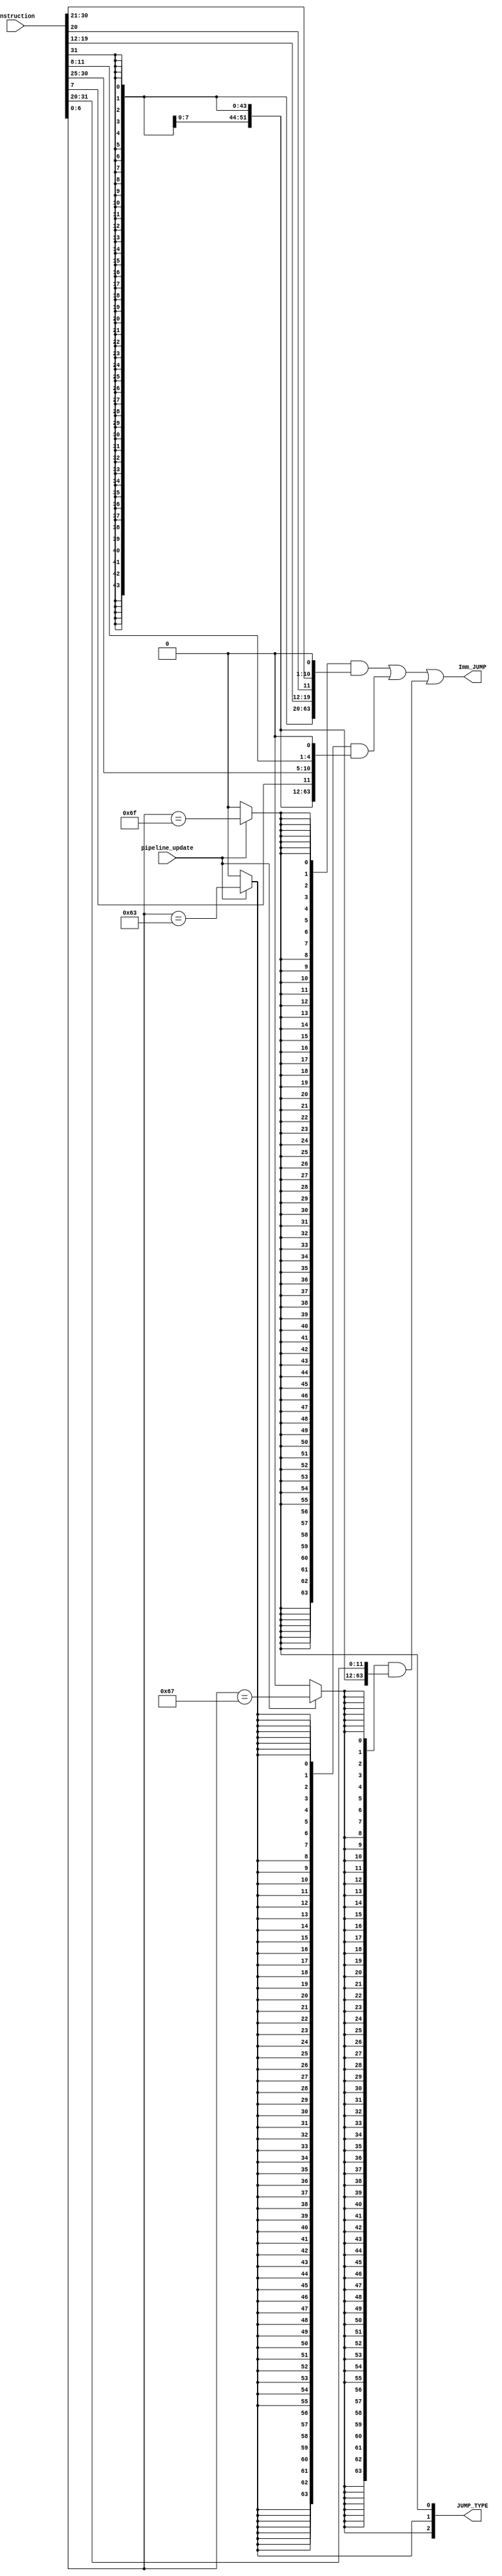
module mini_Decoder(
    input  [31:0] Instruction,
    input         pipeline_update,
    output [63:0] Imm_JUMP,
    output [2:0]  JUMP_TYPE
    );

    wire J_TYPE_JUMP;
    wire I_TYPE_JUMP;
    wire B_TYPE;

    //I type immediate
    wire [11:0] IMM_11_0    = Instruction[31:20];
    //B type immediate
    wire IMM_11_B           = Instruction[7];
    wire [3:0] IMM_4_1      = Instruction[11:8];
    wire [5:0] IMM_10_5     = Instruction[30:25];
    wire IMM_12             = Instruction[31];
    //J type immediate
    wire [7:0] IMM_19_12    = Instruction[19:12];
    wire IMM_11_J           = Instruction[20];
    wire [9:0] IMM_10_1     = Instruction[30:21];
    wire IMM_20             = Instruction[31];
    
    wire signed [63:0] Imm_B   = { {52{IMM_12}}, IMM_11_B, IMM_10_5, IMM_4_1, 1'b0 };
    wire signed [63:0] Imm_J   = { {44{IMM_20}}, IMM_19_12, IMM_11_J, IMM_10_1, 1'b0 };
    wire signed [63:0] Imm_I   = { {52{IMM_11_0[11]}}, IMM_11_0 }; 
        
    assign JUMP_TYPE[0] = pipeline_update? Instruction[6:0] == 7'b1101111: 1'b0; // J_TYPE_JUMP
    assign JUMP_TYPE[1] = pipeline_update? Instruction[6:0] == 7'b1100011: 1'b0; // B_TYPE   
    assign JUMP_TYPE[2] = pipeline_update? Instruction[6:0] == 7'b1100111: 1'b0; // I_TYPE_JUMP 
    
    assign Imm_JUMP = {64{JUMP_TYPE[0]}} & Imm_J |
                      {64{JUMP_TYPE[1]}} & Imm_B |
                      {64{JUMP_TYPE[2]}} & Imm_I;
endmodule